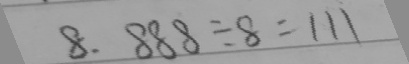
8 . 8 8 8 \div 8 = 1 1 1